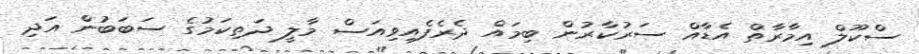
ސްކޫލް އިމާރާތް އެޑާއް ސަރުކާރުން ބިމައް ދެރެފެއިވިއަސް މާލީ ދަތިކަމުގެ ސަބަބުން އަދި